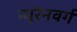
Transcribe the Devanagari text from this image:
न्यूरेनवर्ग